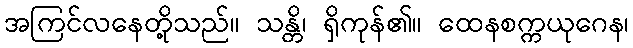
အကြင်လနေတို့သည်။ သန္တိ၊ ရှိကုန်၏။ ထေနစက္ကယုဂေန၊